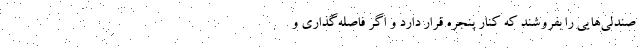
صندلی‌هایی را بفروشند که کنار پنجره قرار دارد و اگر فاصله‌گذاری و